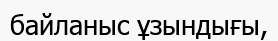
байланыс ұзындығы,